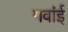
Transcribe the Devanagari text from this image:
गवांई